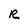
Character: R